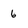
Character: 6